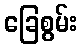
ခြေစွမ်း